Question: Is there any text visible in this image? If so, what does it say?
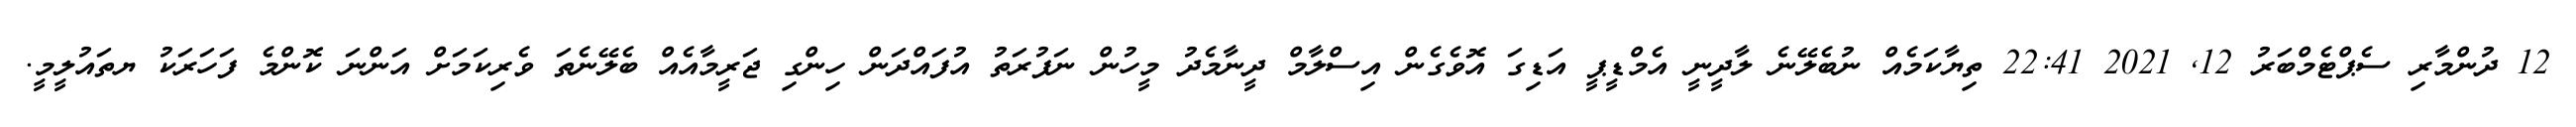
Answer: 12 ދުންމާރި ސެޕްޓެމްބަރު 12, 2021 22:41 ތިޔާކަމެއް ނުބެލޭނެ ލާދީނީ އެމްޑީޕީ އަޑިގަ އޮވެގެން އިސްލާމް ދީނާމެދު މީހުން ނަފުރަތު އުފައްދަން ހިންގި ޖަރީމާއެއް ބެލޭނެތަ ވެރިކަމަށް އަންނަ ކޮންމެ ފަހަރަކު ޔތައުލީމީ.